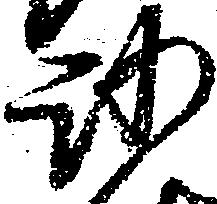
沙